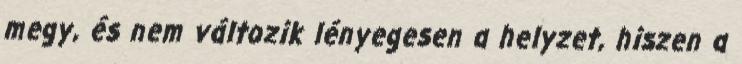
megy, és nem változik lényegesen a helyzet, hiszen a